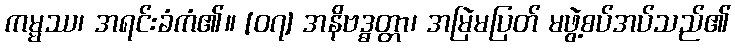
ကမ္မဿ၊ အရင်းခံကံ၏။ [၀၇] အနိဗဒ္ဓတ္တာ၊ အမြဲမပြတ် မဖွဲ့စပ်အပ်သည်၏